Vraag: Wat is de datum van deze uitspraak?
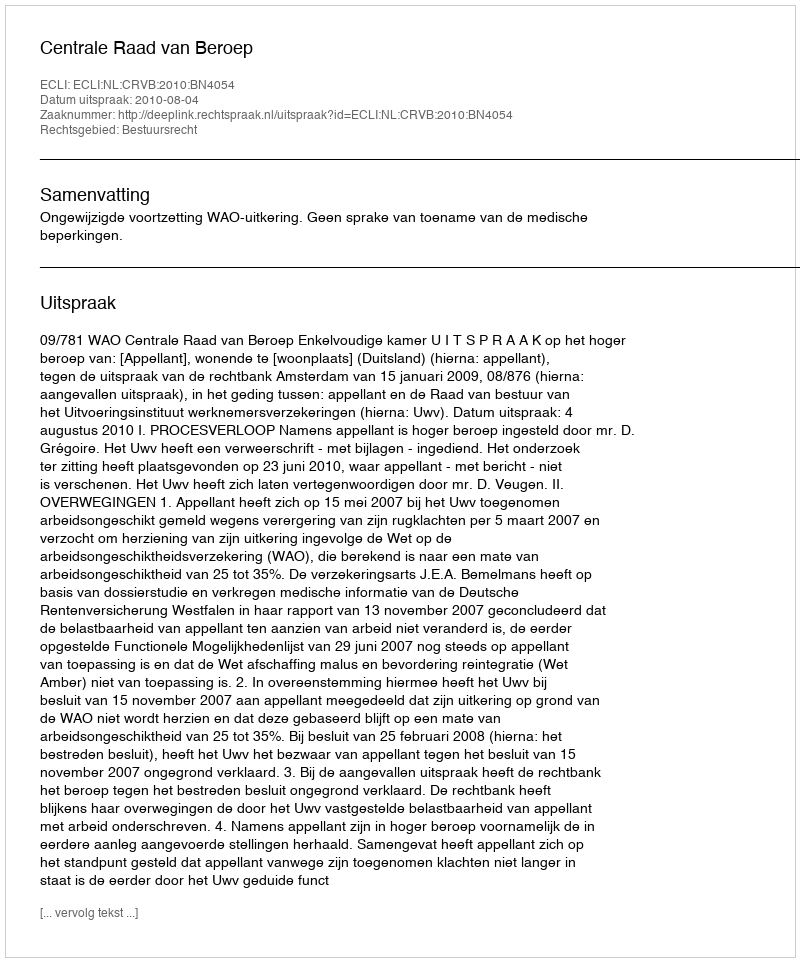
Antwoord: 2010-08-04